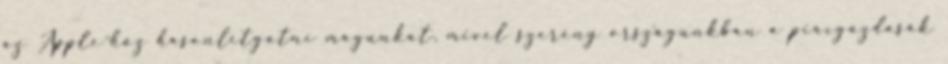
az Apple-hőz hasonlítgatni magunkat, mivel szerény országunkban a piacgazdasák